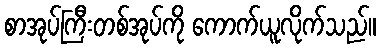
စာအုပ်ကြီးတစ်အုပ်ကို ကောက်ယူလိုက်သည်။